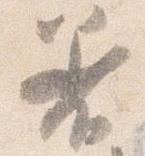
着